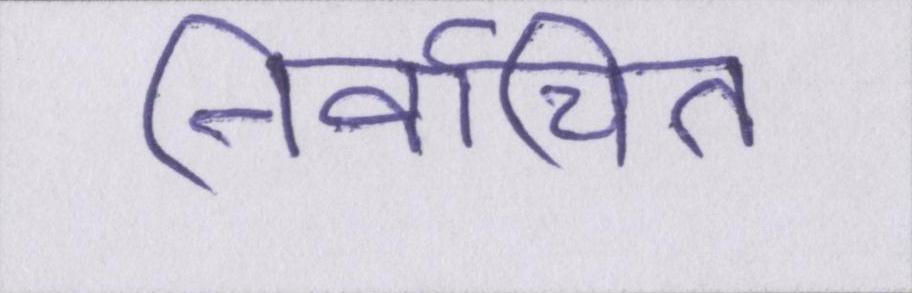
निर्वाचित